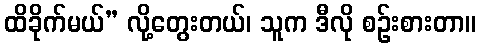
ထိခိုက်မယ်” လို့တွေးတယ်၊ သူက ဒီလို စဉ်းစားတာ။